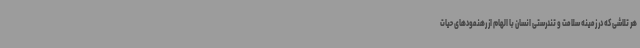
هر تلاشی که در زمینه سلامت و تندرستی انسان با الهام از رهنمودهای حیات